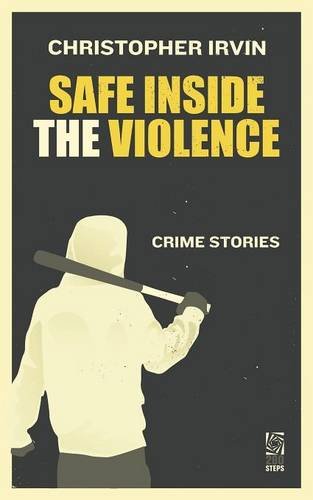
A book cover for Safe Inside the Violence; Christopher Irvin; Mystery, Thriller & Suspense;